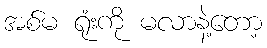
အစ်မ ရုံးကို မလာနဲ့တော့